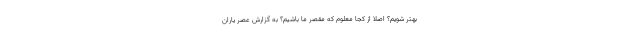
بهتر شویم؟ اصلاً از کجا معلوم که مقصر ما باشیم؟ به گزارش عصر یاران